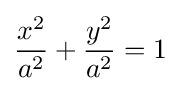
{x^{2} \over a^{2}}+{y^{2} \over a^{2}}=1